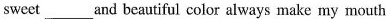
sweet___and beautiful color always make my mouth